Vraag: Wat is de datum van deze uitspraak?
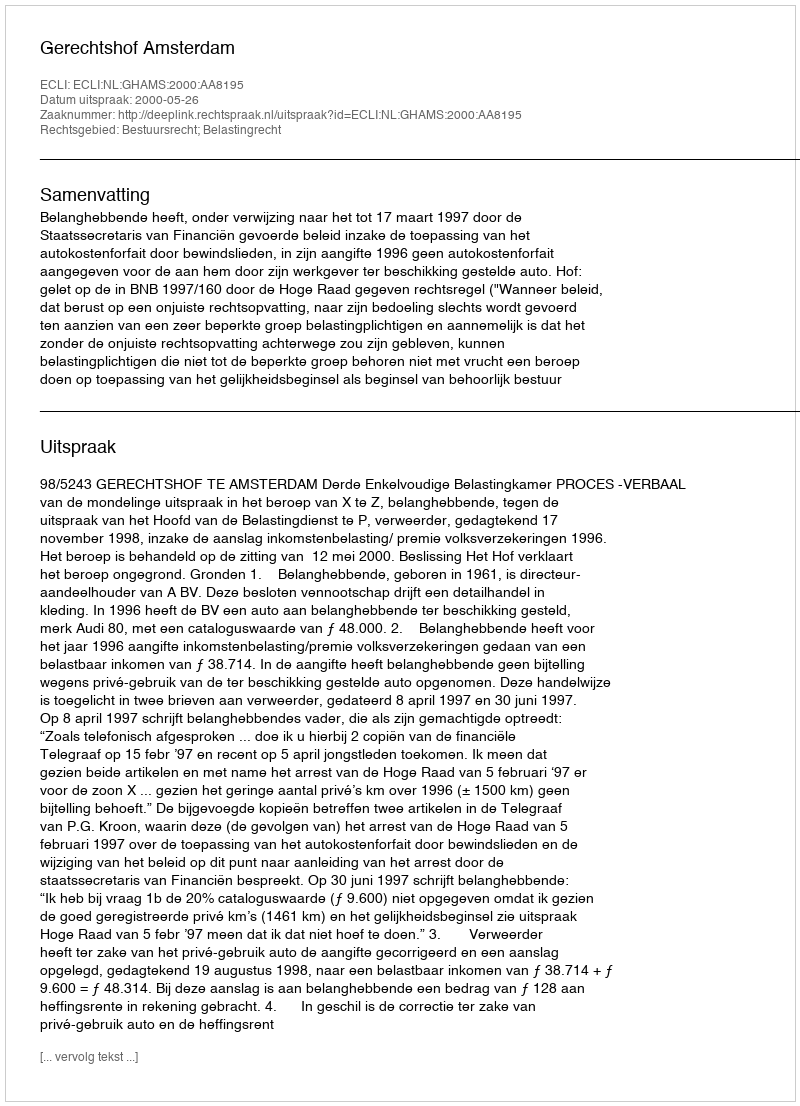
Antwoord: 2000-05-26